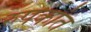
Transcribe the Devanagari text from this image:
रुपकांत